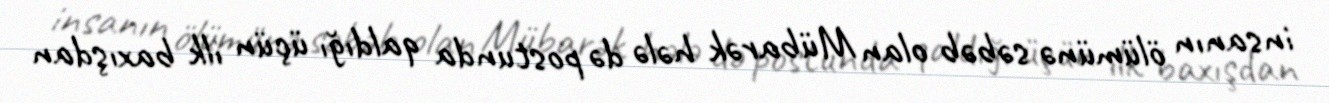
insanın ölümünə səbəb olan Mübarək hələ də postunda qaldığı üçün ilk baxışdan